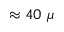
\approx 4 0 ~ \mu